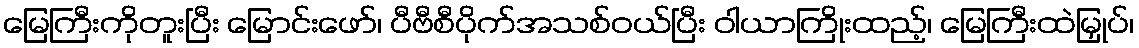
မြေကြီးကိုတူးပြီး မြောင်းဖော်၊ ပီဗီစီပိုက်အသစ်ဝယ်ပြီး ဝါယာကြိုးထည့်၊ မြေကြီးထဲမြှုပ်၊